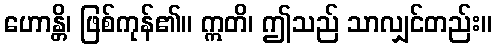
ဟောန္တိ၊ ဖြစ်ကုန်၏။ ဣတိ၊ ဤသည် သာလျှင်တည်း။